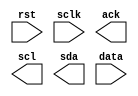
module ptosda(rst,sclk,ack,scl,sda,data);
input sclk,rst;
input [3:0] data;
output ack,scl,sda;
reg scl,link_sda,ack,sdabuf;
reg [3:0] databuf;
reg [7:0] state;

endmodule